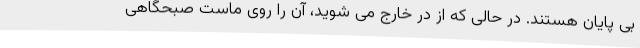
بی پایان هستند. در حالی که از در خارج می شوید، آن را روی ماست صبحگاهی